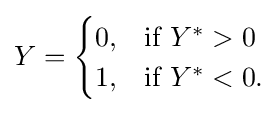
Y={\begin{cases}0,&{\mbox{if }}Y^{*}>0\\1,&{\mbox{if }}Y^{*}<0.\end{cases}}